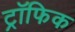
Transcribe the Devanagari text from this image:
ट्रॉफिक